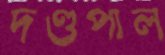
দণ্ডপাল